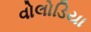
વોલોડિયા